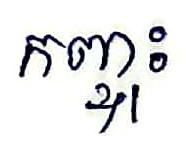
កញ្ចុះ